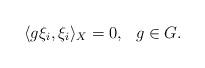
LaTeX: \begin{align*}\langle g\xi_i, \xi_i\rangle_X=0, \ \ g \in G.\end{align*}